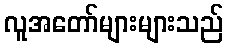
လူအတော်များများသည်